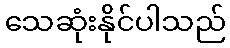
သေဆုံးနိုင်ပါသည်